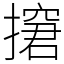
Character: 㩈